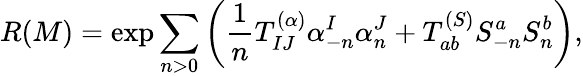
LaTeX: R(M)=\exp\sum_{n>0}\left({\frac{1}{n}}T_{IJ}^{(\alpha)}\alpha_{-n}^{I}{\alpha}_{n}^{J}+T_{ab}^{(S)}S_{-n}^{a}{S}_{n}^{b}\right),